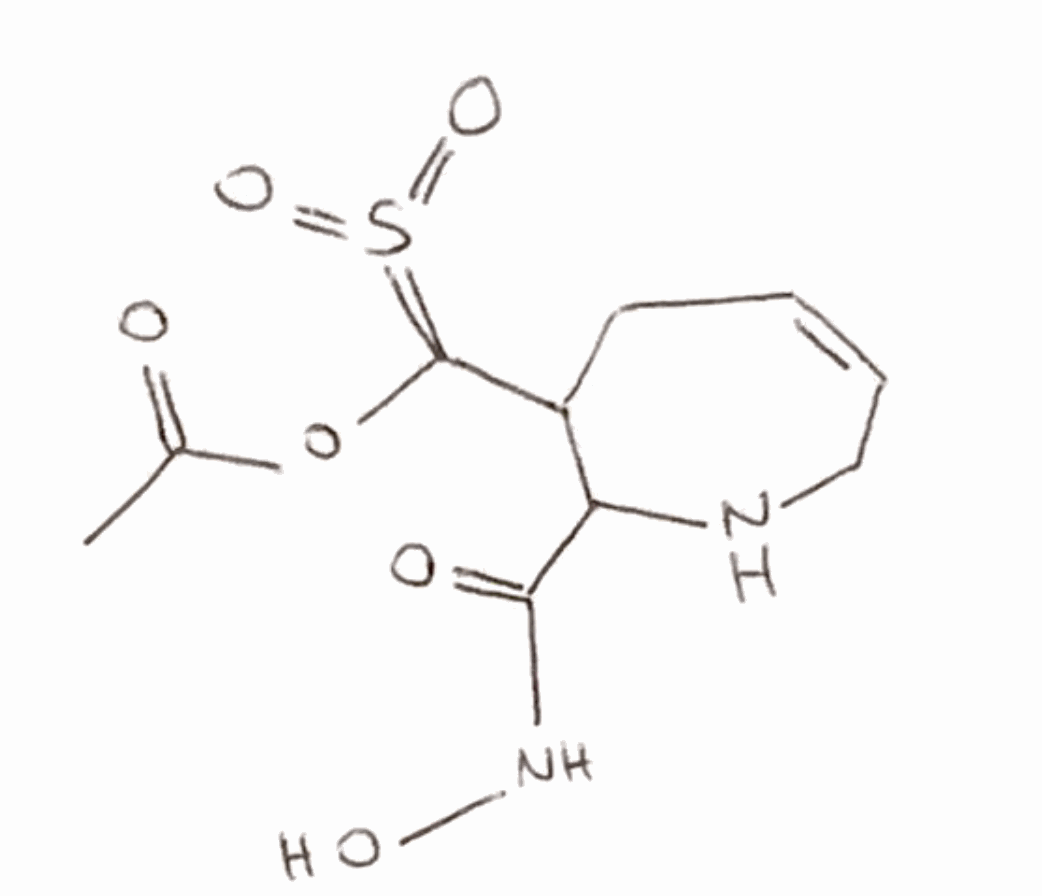
Simplified molecular-input line-entry system (SMILES) notation of the given molecule:
CC(=O)OC(=S(=O)=O)C1CC=CCNC1C(=O)NO